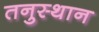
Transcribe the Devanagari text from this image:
तनुस्थान